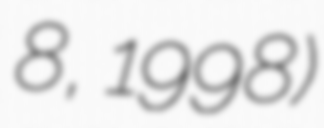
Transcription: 8, 1998)